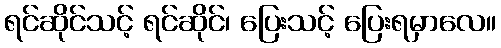
ရင်ဆိုင်သင့် ရင်ဆိုင်၊ ပြေးသင့် ပြေးရမှာလေ။